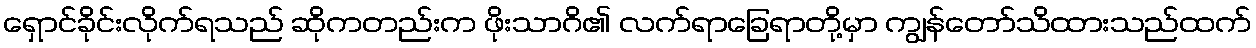
ရှောင်ခိုင်းလိုက်ရသည် ဆိုကတည်းက ဖိုးသာဂိ၏ လက်ရာခြေရာတို့မှာ ကျွန်တော်သိထားသည်ထက်